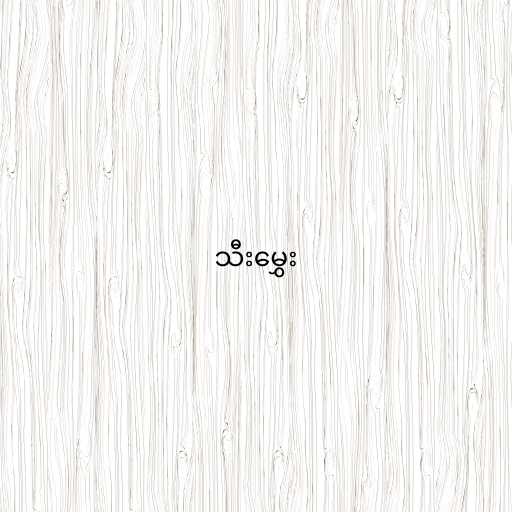
သီးမွှေး